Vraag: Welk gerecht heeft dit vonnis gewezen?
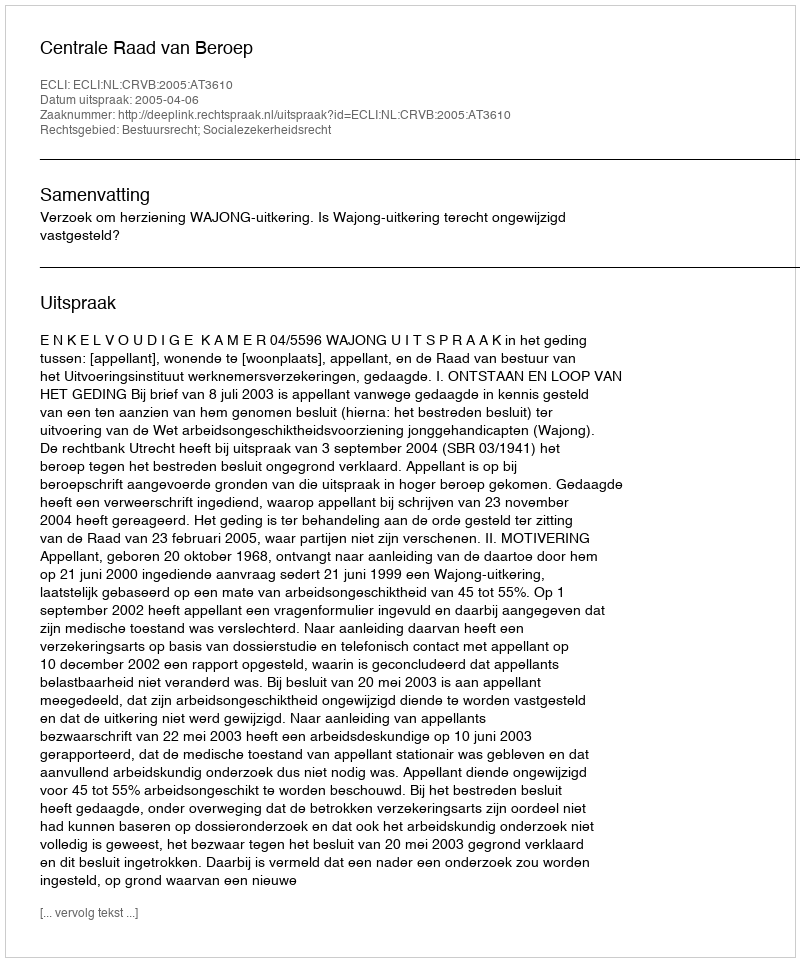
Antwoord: Centrale Raad van Beroep